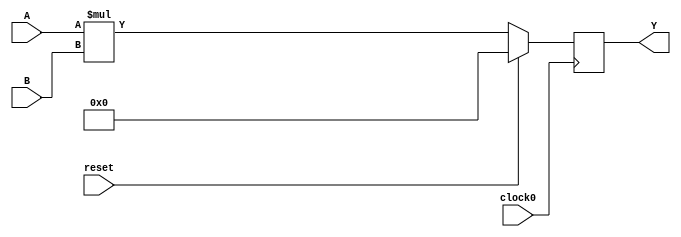
module mult
(
  input reset,
  input clock0,
  input [0:19] A,
  input [0:17] B,
  output reg [0:37] Y
);

  always @(posedge clock0) begin
    if (reset) begin
      Y <= 0;
    end else begin
      Y <= A * B;
    end
  end
  
endmodule